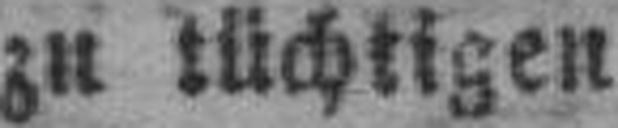
zu tüchtigen